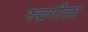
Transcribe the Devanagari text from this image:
रुद्रगीता